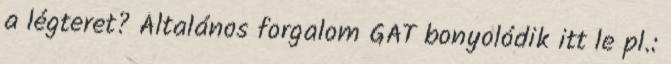
a légteret? Általános forgalom GAT bonyolódik itt le pl.: